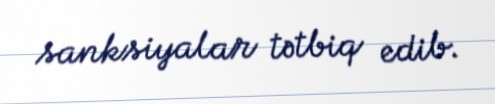
sanksiyalar tətbiq edib.